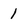
Character: 1